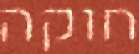
חוקה